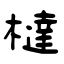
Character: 橽